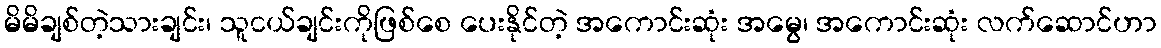
မိမိချစ်တဲ့သားချင်း၊ သူငယ်ချင်းကိုဖြစ်စေ ပေးနိုင်တဲ့ အကောင်းဆုံး အမွေ၊ အကောင်းဆုံး လက်ဆောင်ဟာ